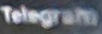
Telegram